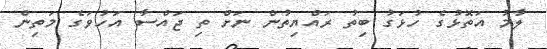
ލާމު އަތޮޅުގެ ހުޅަގު ބިތު ރައްޔިތުން ނަށް ތި ޖައްސާ އަހުވަގެ މަތިން